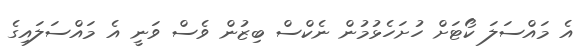
އެ މައްސަލަ ކޯޓަށް ހުށަހެޅުމުން ނެކްސް ބިޒުން ވެސް ވަނީ އެ މައްސަލައިގެ